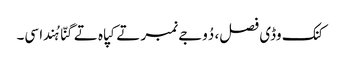
کنک وڈی فصل، دُوجے نمبر تے کپاہ تے گنّا ہُندا سی۔